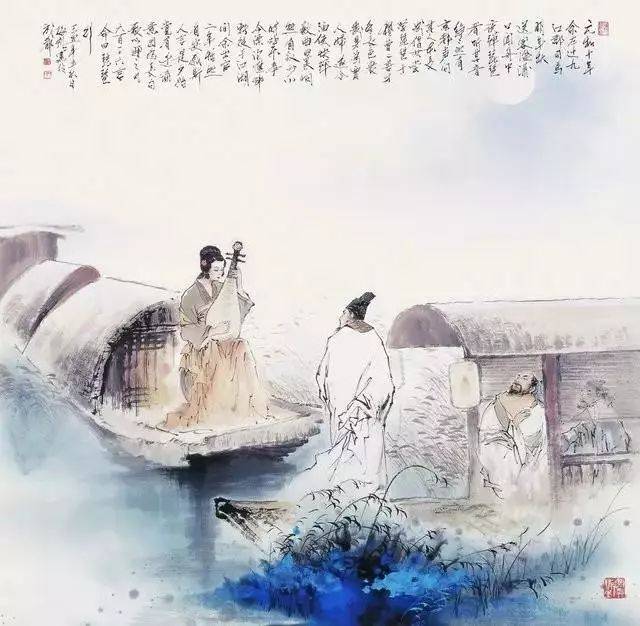
文章合为时而著，歌诗合为事而作。